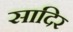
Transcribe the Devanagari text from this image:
सादिर